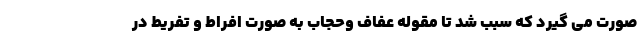
صورت می گیرد که سبب شد تا مقوله عفاف وحجاب به صورت افراط و تفریط در